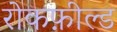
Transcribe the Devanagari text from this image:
रोकफ़ील्ड